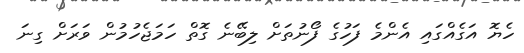
ހެޔޮ އަގެއްގައި އެންމެ ފަހުގެ ފޯނުތަށް ލިބޭނެ ގޮތް ހަމަޖެހުމުން ވަރަށް ގިނަ